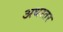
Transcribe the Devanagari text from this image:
अधस्तर